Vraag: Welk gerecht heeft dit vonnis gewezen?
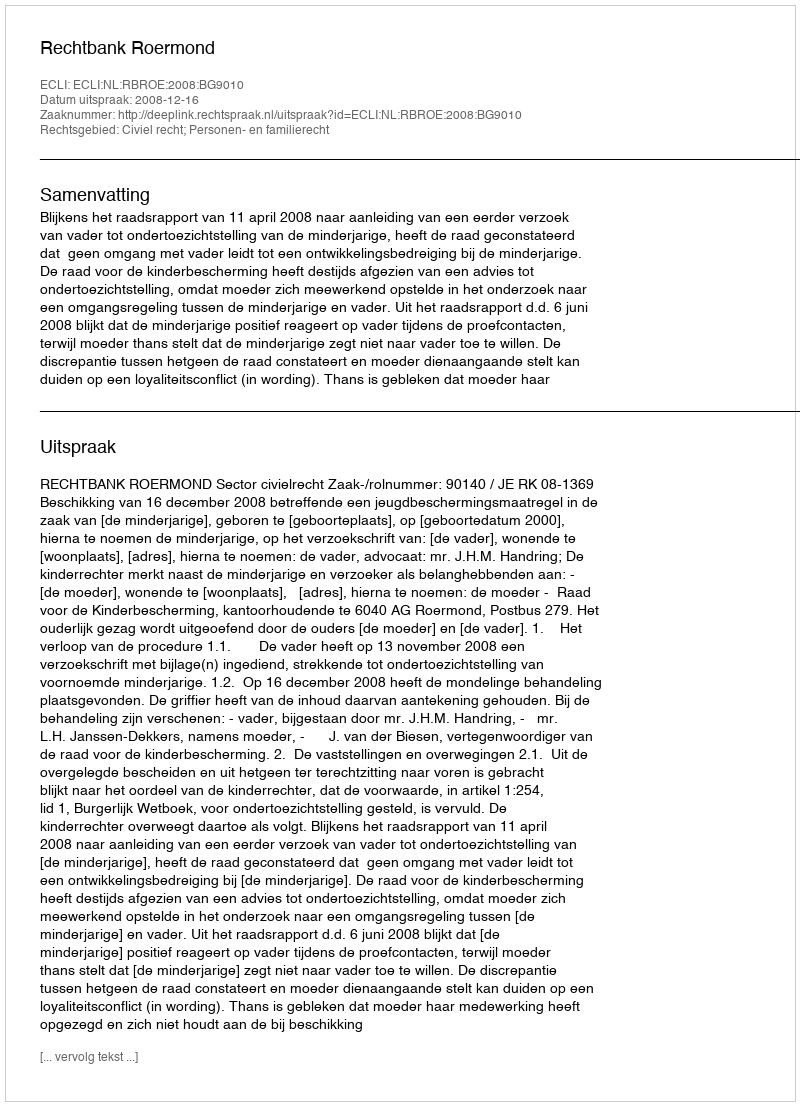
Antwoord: Rechtbank Roermond